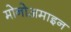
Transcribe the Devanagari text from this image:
मोनोअमाइन